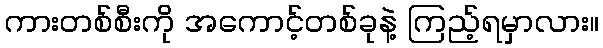
ကားတစ်စီးကို အကောင့်တစ်ခုနဲ့ ကြည့်ရမှာလား။